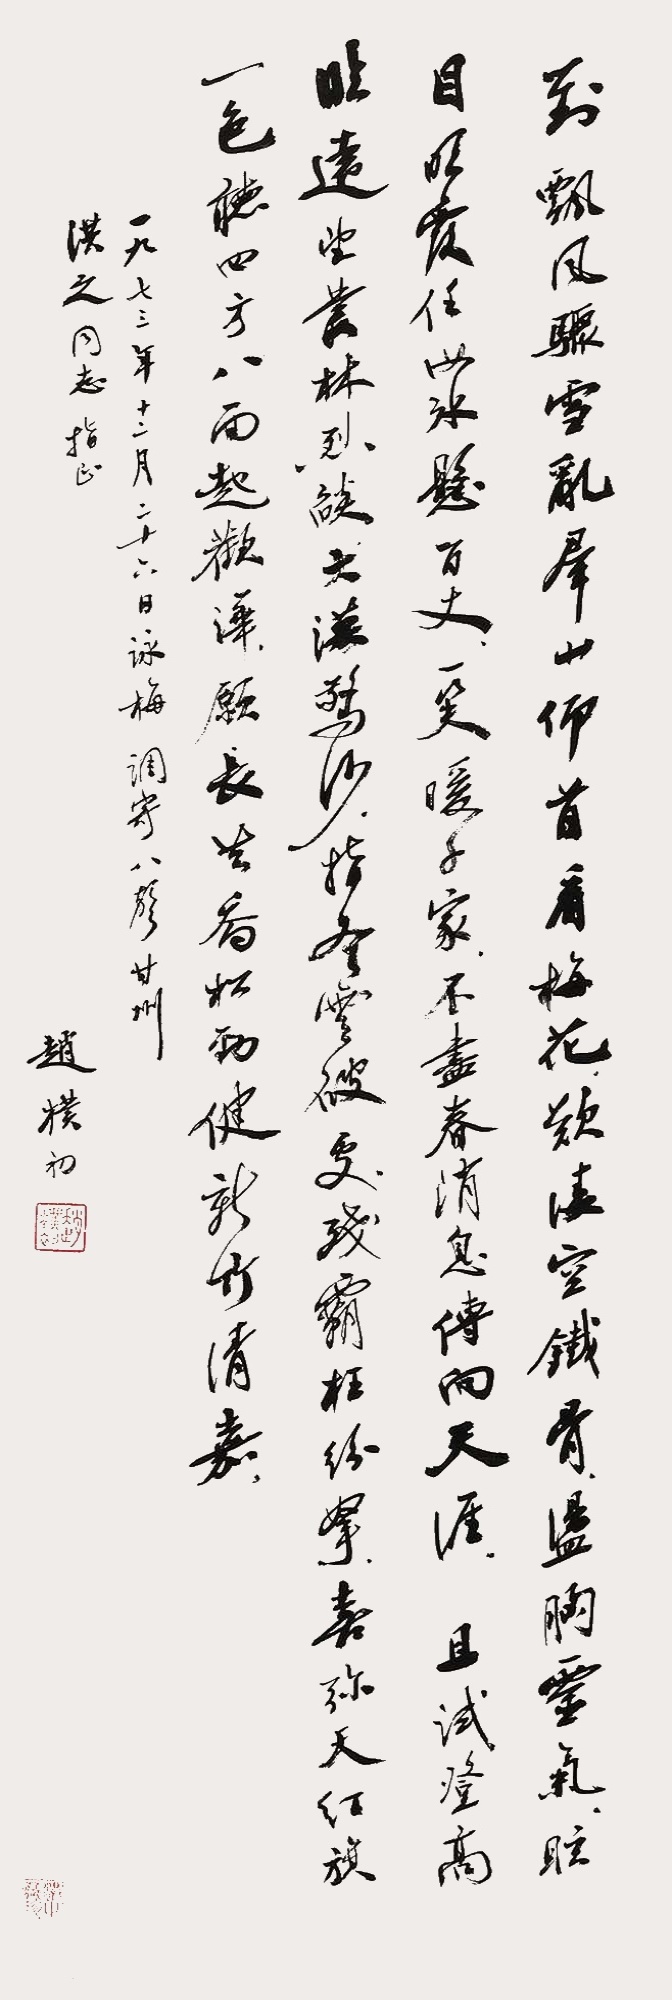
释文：对飘风骤雪乱群山，仰首看梅花。叹凌空铁骨，荡胸灵气，眩目明霞。任汝冰悬百丈，一笑暖千家。不尽春消息，传向天涯。且试登高临远，望丛林烈焰，大漠惊沙，指冬云破处，残霸枉纷拏。喜弥天红旗一色，听四面八方起欢澕。愿长共乔松劲健，新竹清嘉。一九七三年十二月二十六日《咏梅·调寄八声甘州》，洪之同志指正，赵朴初。